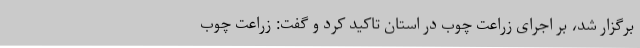
برگزار شد، بر اجرای زراعت چوب در استان تاکید کرد و گفت: زراعت چوب